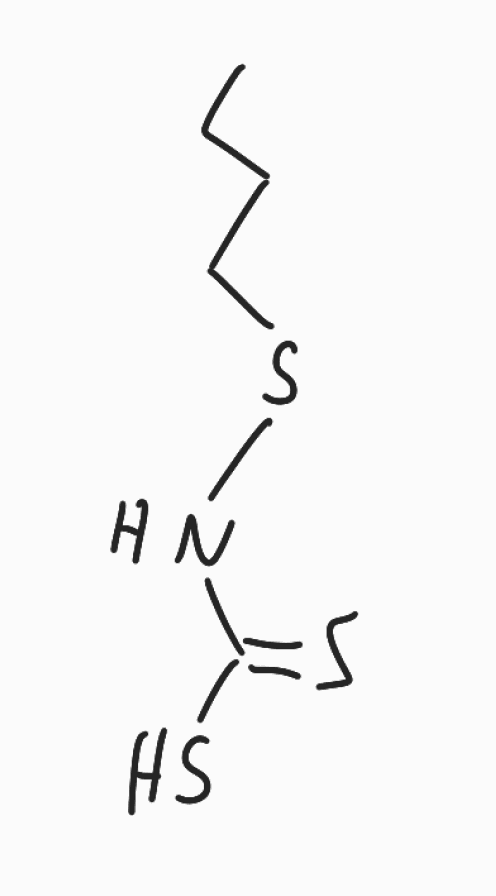
Simplified molecular-input line-entry system (SMILES) notation of the given molecule:
CCCCSNC(=S)S